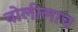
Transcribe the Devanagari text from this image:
बोलीलाच